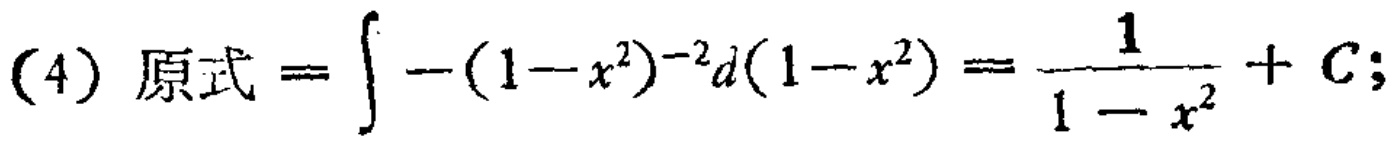
(4) 原式 \(=\int -(1 - x^{2})^{-2}d(1 - x^{2})=\frac{1}{1 - x^{2}}+C;\)